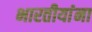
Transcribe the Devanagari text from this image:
भारतीयांंना